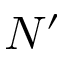
N ^ { \prime }